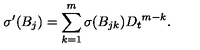
{ \sigma } ^ { \prime } ( B _ { j } ) = \sum _ { k = 1 } ^ { m } { \sigma } ( B _ { j k } ) { D _ { t } } ^ { m - k } .